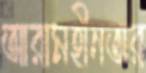
আরামহীনতার